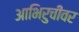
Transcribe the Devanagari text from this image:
आभिरुचीवर